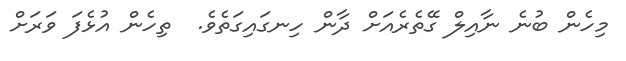
މިހެން ބުނެ ނާއިލް ގޭތެރެއަށް ދާން ހިނގައިގަތެވެ.  ތިހެން އުޅެފަ ވަރަށް